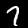
Digit: 7